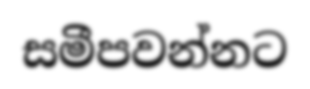
සමීපවන්නට